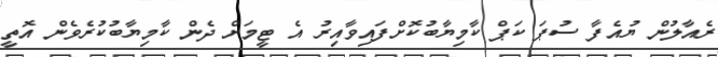
ރެއާލުން ޔުއެފާ ސުޕަ ކަޕް ކާމިޔާބުކޮށްފައިވާއިރު އެ ޓީމަށް ދެން ކާމިޔާބުކުރެވެން އޮތީ